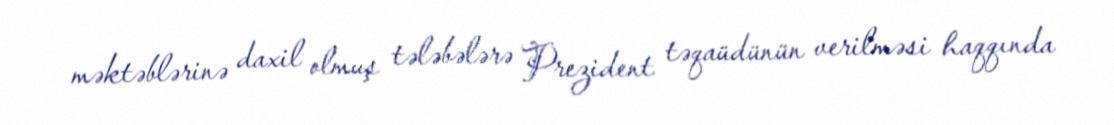
məktəblərinə daxil olmuş tələbələrə Prezident təqaüdünün verilməsi haqqında